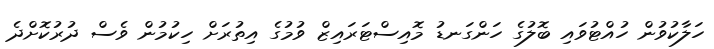
ހަލާކުވުން ހުއްޓުވައި ބޮލުގެ ހަންގަނޑު މޮއިސްޓަރައިޒް ވުމުގެ އިތުރަށް ހިކުމުން ވެސް ދުރުކޮށްދެ